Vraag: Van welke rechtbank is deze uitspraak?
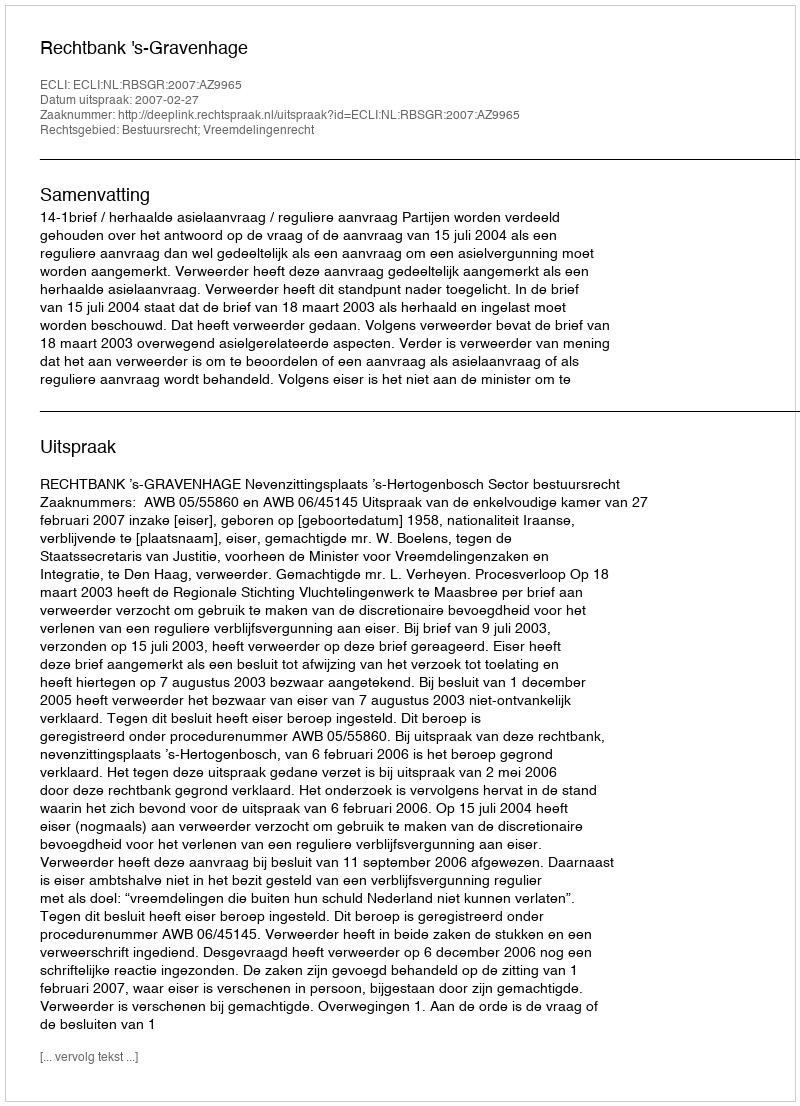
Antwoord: Rechtbank 's-Gravenhage